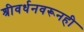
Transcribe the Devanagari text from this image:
श्रीवर्धनवरूनही